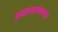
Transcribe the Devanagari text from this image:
अवतरदृश्यावतार